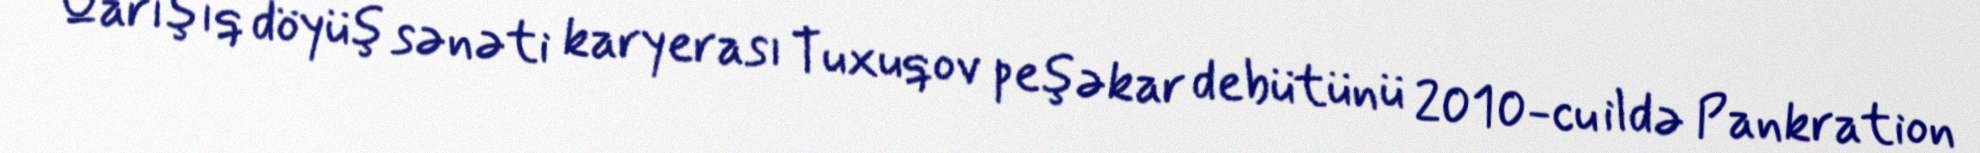
Qarışıq döyüş sənəti karyerası Tuxuqov peşəkar debütünü 2010-cu ildə Pankration